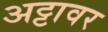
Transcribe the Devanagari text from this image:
अट्टावर